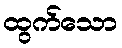
ထွက်သော